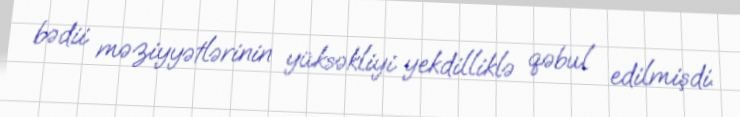
bədii məziyyətlərinin yüksəkliyi yekdilliklə qəbul edilmişdi.